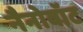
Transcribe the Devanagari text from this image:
नैनोवॉट